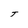
Character: T